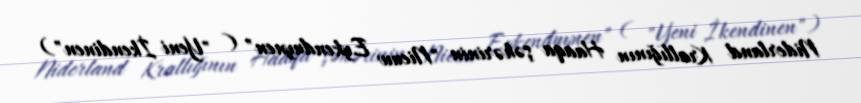
Niderland Krallığının Haaqa şəhərinin "Nieuw Eykenduynen" ( "Yeni İkendinen")